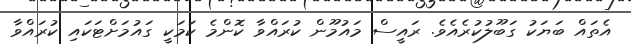
އެތައް ބަޔަކު ގަބޫލުކުރެއެވެ. ރައީސް މައުމޫން ކުރައްވާ ކޮންމެ ކަމަކީ ގައުމަށްޓަކައި ކުރައްވާ